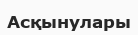
Асқынулары